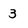
Character: 3